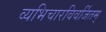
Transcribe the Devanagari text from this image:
व्यभिचारविवर्जितम्